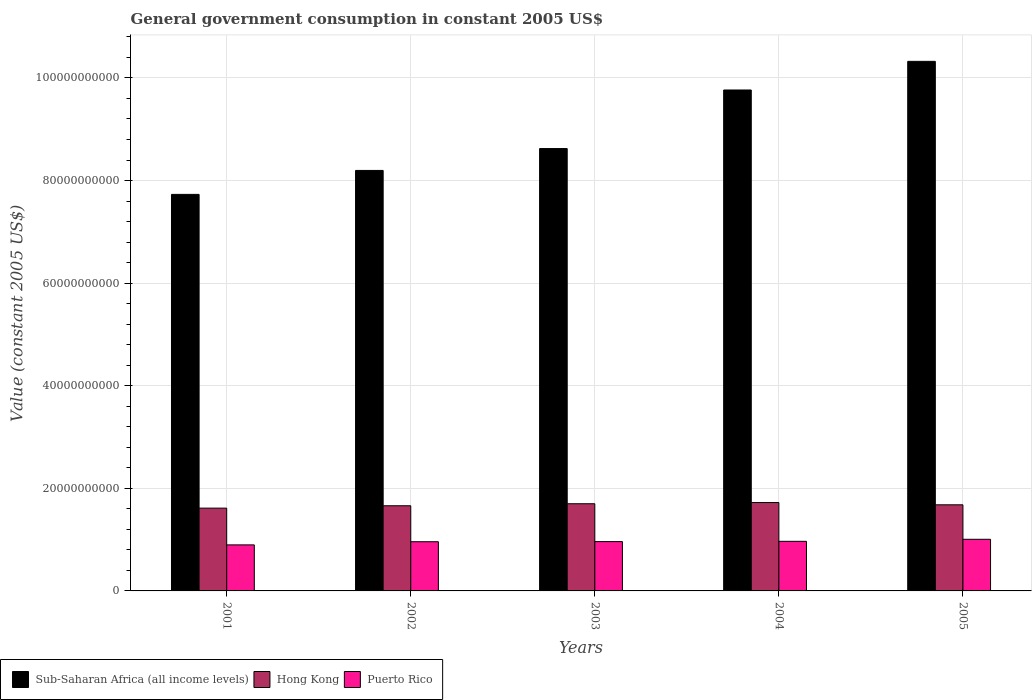
| Years | Sub-Saharan Africa (all income levels) | Hong Kong | Puerto Rico |
 | --- | --- | --- | --- |
 | 2001 | 7.73e+10 | 1.61e+10 | 8.97e+09 |
 | 2002 | 8.2e+10 | 1.66e+10 | 9.59e+09 |
 | 2003 | 8.62e+10 | 1.7e+10 | 9.61e+09 |
 | 2004 | 9.77e+10 | 1.72e+10 | 9.67e+09 |
 | 2005 | 1.03e+11 | 1.68e+10 | 1.01e+10 |